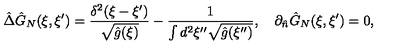
\hat { \Delta } { \hat { G } _ { N } } ( \xi , \xi ^ { \prime } ) = { \frac { { \delta ^ { 2 } } ( \xi - \xi ^ { \prime } ) } { \sqrt { \hat { g } ( \xi ) } } } - { \frac { 1 } { \int { d ^ { 2 } } \xi ^ { \prime \prime } \sqrt { \hat { g } ( \xi ^ { \prime \prime } ) } } } , \quad { \partial _ { \hat { n } } } { \hat { G } _ { N } } ( \xi , \xi ^ { \prime } ) = 0 ,